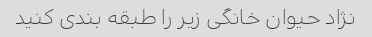
نژاد حیوان خانگی زیر را طبقه بندی کنید